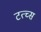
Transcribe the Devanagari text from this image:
टत्च्स